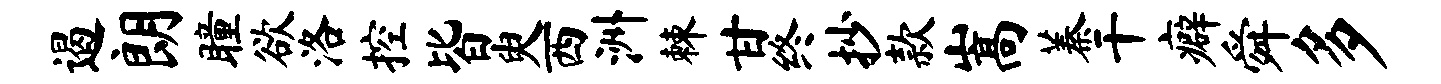
遏朗瞳欲洛控皆臾西洲棘甘终抄款嵩蓁干癖舜多